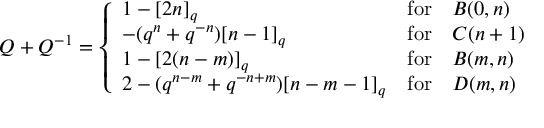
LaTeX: Q + Q ^ { - 1 } = \left\{ \begin{array} { l l l } { { 1 - [ 2 n ] _ { q } } } & { { \mathrm { f o r } } } & { { B ( 0 , n ) } } \\ { { - ( q ^ { n } + q ^ { - n } ) [ n - 1 ] _ { q } } } & { { \mathrm { f o r } } } & { { C ( n + 1 ) } } \\ { { 1 - [ 2 ( n - m ) ] _ { q } } } & { { \mathrm { f o r } } } & { { B ( m , n ) } } \\ { { 2 - ( q ^ { n - m } + q ^ { - n + m } ) [ n - m - 1 ] _ { q } } } & { { \mathrm { f o r } } } & { { D ( m , n ) } } \end{array} \right.